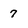
Character: 7